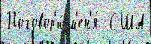
Поговор'и́ м'ен'я́  США